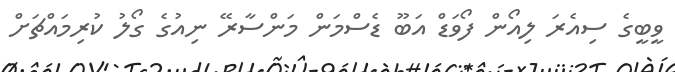
ވީބީގެ ސިއެރަ ލިއޯން ފޯވަޑް އަބޫ ޑެސްމަން މަންސާރޭ ނިއުގެ ގޯލު ކުރިމައްޗަށް